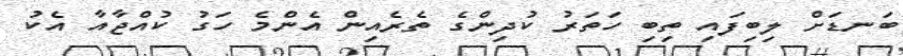
ބަނޑަށް ލިބިފައި ތިބި ހަތަރު ކުދިންގެ ތެރެއިން އެންމެ ހަގު ކުއްޖާއާ އެކު